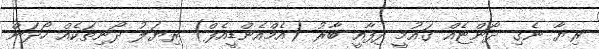
ރިޔާ ނެގި ދޯންޏެއް ގައުމީ ދިފާއީ ބާރު (އެމްއެންޑީއެފް) ރިޔަލު ދޯނިތަކެއް ހޯދަން